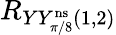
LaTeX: R_{YY_{\pi/8}^{\mathrm{ns}}(1,2)}